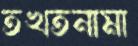
তখতনামা